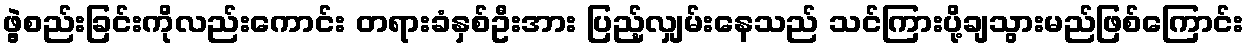
ဖွဲ့စည်းခြင်းကိုလည်းကောင်း တရားခံနှစ်ဦးအား ပြည့်လျှမ်းနေသည် သင်ကြားပို့ချသွားမည်ဖြစ်ကြောင်း